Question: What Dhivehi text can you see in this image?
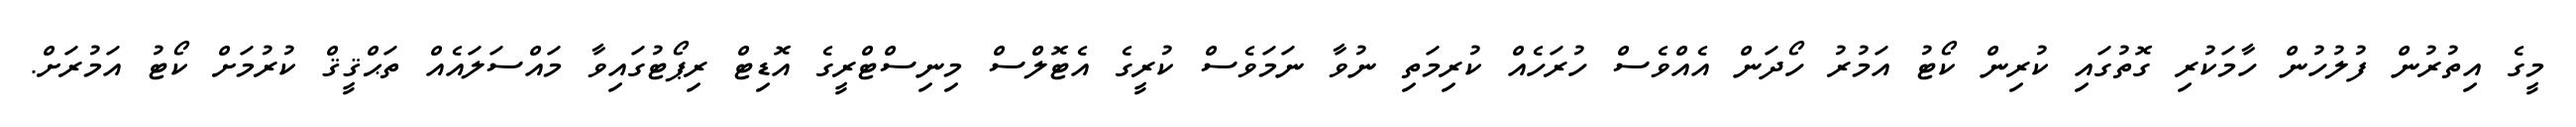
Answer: މީގެ އިތުރުން ފުލުހުން ހާމަކުރި ގޮތުގައި ކުރިން ކޯޓު އަމުރު ހޯދަން އެއްވެސް ހުރަހެއް ކުރިމަތި ނުވާ ނަމަވެސް ކުރީގެ އެޓޮލްސް މިނިސްޓްރީގެ އޮޑިޓް ރިޕޯޓުގައިވާ މައްސަލައެއް ތަޙްޤީޤް ކުރުމަށް ކޯޓު އަމުރަށް.